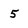
Character: 5